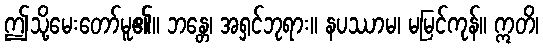
ဤသို့မေးတော်မူ၏။ ဘန္တေ၊ အရှင်ဘုရား။ နပဿာမ၊ မမြင်ကုန်။ ဣတိ၊